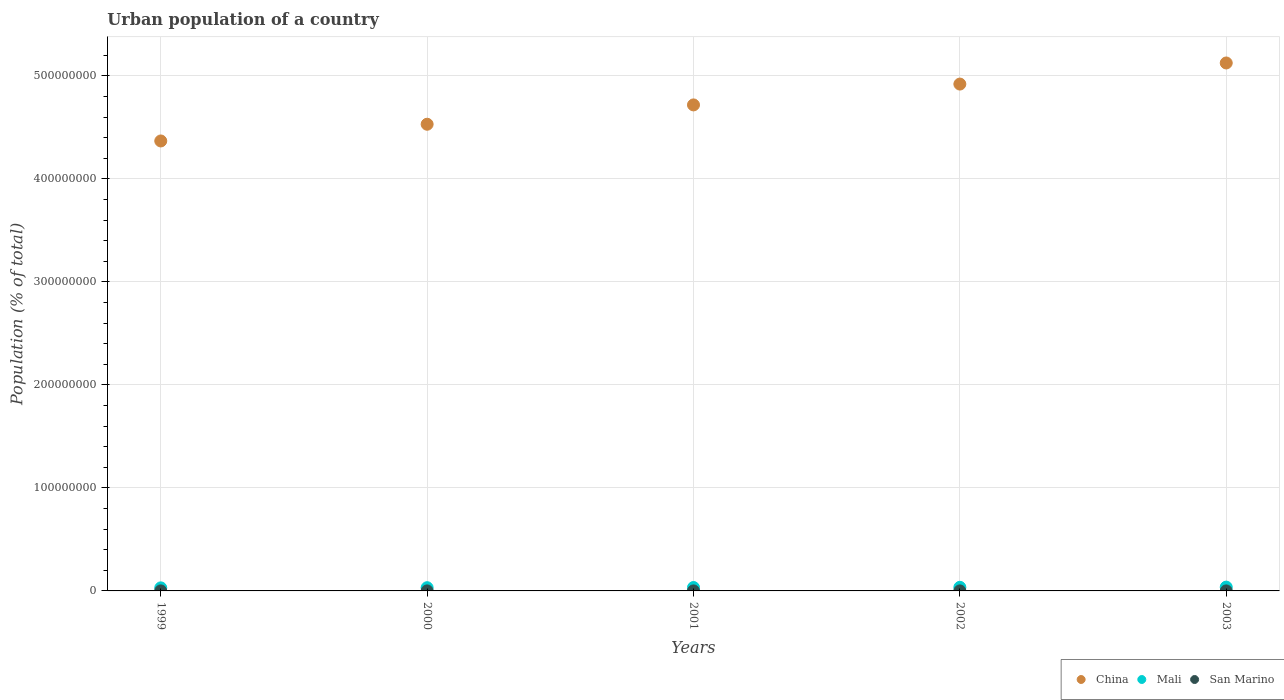
| Years | China | Mali | San Marino |
 | --- | --- | --- | --- |
 | 1999 | 4.37e+08 | 2.97e+06 | 2.52e+04 |
 | 2000 | 4.53e+08 | 3.13e+06 | 2.56e+04 |
 | 2001 | 4.72e+08 | 3.31e+06 | 2.6e+04 |
 | 2002 | 4.92e+08 | 3.49e+06 | 2.64e+04 |
 | 2003 | 5.12e+08 | 3.69e+06 | 2.68e+04 |